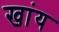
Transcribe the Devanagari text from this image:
खांय